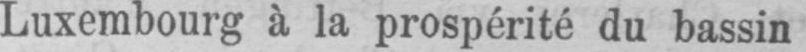
Luxembourg à la prospérité du bassin